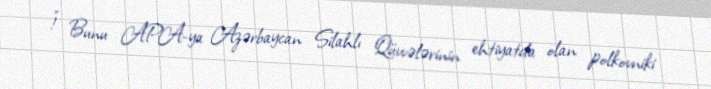
!” Bunu APA-ya Azərbaycan Silahlı Qüvvələrinin ehtiyatda olan polkovniki